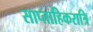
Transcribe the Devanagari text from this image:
साप्ताहिकरात्रि